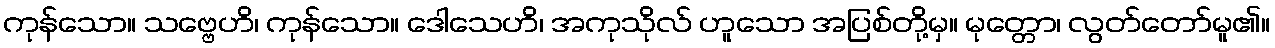
ကုန်သော။ သဗ္ဗေဟိ၊ ကုန်သော။ ဒေါသေဟိ၊ အကုသိုလ် ဟူသော အပြစ်တို့မှ။ မုတ္တော၊ လွတ်တော်မူ၏။